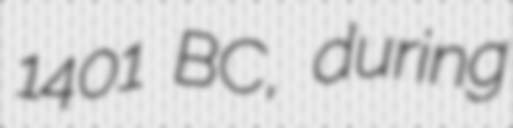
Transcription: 1401 BC, during